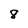
Character: 8